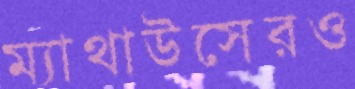
ম্যাথাউসেরও